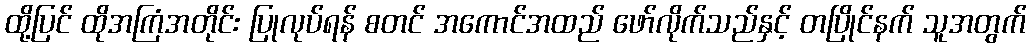
ထို့ပြင် ထိုအကြံအတိုင်း ပြုလုပ်ရန် စတင် အကောင်အထည် ဖော်လိုက်သည်နှင့် တပြိုင်နက် သူအတွက်